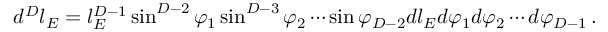
d ^ { D } l _ { E } = l _ { E } ^ { D - 1 } \sin ^ { D - 2 } \varphi _ { 1 } \sin ^ { D - 3 } \varphi _ { 2 } \cdots \sin \varphi _ { D - 2 } d l _ { E } d \varphi _ { 1 } d \varphi _ { 2 } \cdots d \varphi _ { D - 1 } \, .